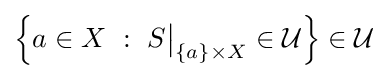
\left\{a\in X~:~S{\big \vert }_{\{a\}\times X}\in {\mathcal {U}}\right\}\in {\mathcal {U}}